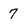
Character: 7